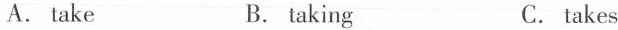
A. take B. taking C. takes